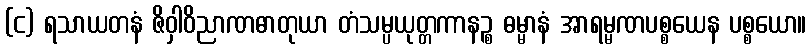
(င) ရသာယတနံ ဇိဝှါဝိညာဏဓာတုယာ တံသမ္ပယုတ္တကာနဉ္စ ဓမ္မာနံ အာရမ္မဏပစ္စယေန ပစ္စယော။